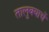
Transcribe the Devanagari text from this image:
तालुक्याचें